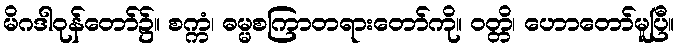
မိဂဒါဝုန်တော်၌။ စက္ကံ၊ ဓမ္မစကြာတရားတော်ကို။ ဝတ္တိ၊ ဟောတော်မူပြီ။